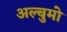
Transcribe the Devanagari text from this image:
अल्बुमो